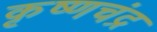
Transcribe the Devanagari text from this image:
कृष्‍णचंद्र